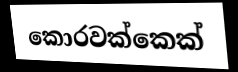
කොරවක්කෙක්